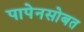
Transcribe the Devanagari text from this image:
पापेनसोबत